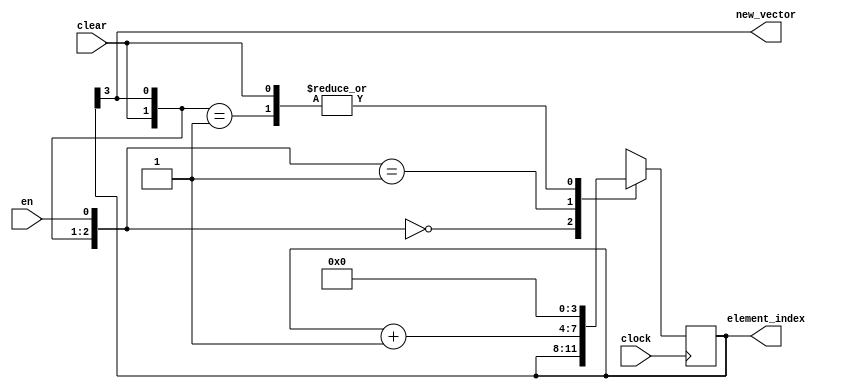
module element_index_counter(
   input wire en,
   input wire clear,
   input wire clock,

   output reg [3:0] element_index,
   output wire new_vector
  );

  assign new_vector = element_index[3];

  always @(posedge clock) begin
    casex ({clear, new_vector, en})
      3'b000: element_index <= element_index;
      3'b001: element_index <= element_index + 4'b0001;
      3'b01x: element_index <= 4'b0000;
      3'b1xx: element_index <= 4'b0000;
    endcase
  end

endmodule